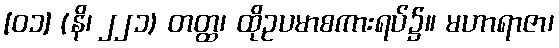
[၀၁] (နိ၊ ၂၂၁) တတ္ထ၊ ထိုဥပမာစကားရပ်၌။ မဟာရာဇာ၊